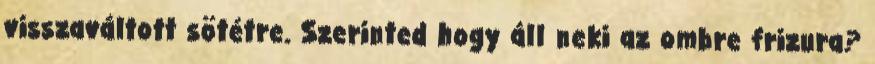
visszaváltott sötétre. Szerinted hogy áll neki az ombre frizura?